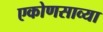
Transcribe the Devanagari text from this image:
एकोणसाव्या